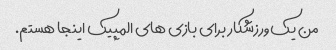
من یک ورزشکار برای بازی های المپیک اینجا هستم.